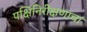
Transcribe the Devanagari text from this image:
पक्षिनिरीक्षणाचा